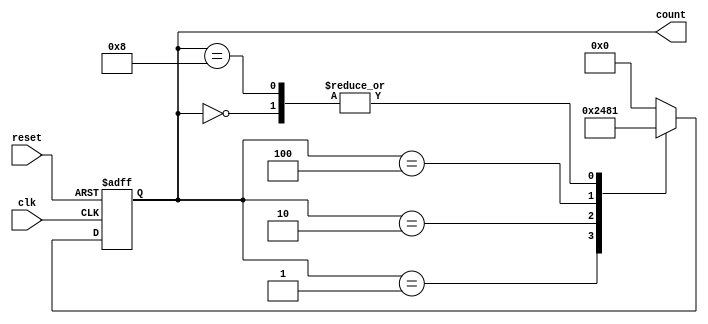
module decade_ring_counter (
    input wire clk,        // Clock input
    input wire reset,      // Asynchronous reset
    output reg [3:0] count // 4-bit output representing the current state
);

// Internal state representation
reg [3:0] next_count;

// Always block for state transition
always @(posedge clk or posedge reset) begin
    if (reset) begin
        count <= 4'b0000; // Reset to state 0000
    end else begin
        count <= next_count; // Update current state
    end
end

// Combinational logic for next state
always @(*) begin
    case (count)
        4'b0000: next_count = 4'b0001; // 0 -> 1
        4'b0001: next_count = 4'b0010; // 1 -> 2
        4'b0010: next_count = 4'b0100; // 2 -> 4
        4'b0100: next_count = 4'b1000; // 4 -> 8
        4'b1000: next_count = 4'b0001; // 8 -> 1 (wrap around)
        default: next_count = 4'b0000; // Default case (should not occur)
    endcase
end

endmodule